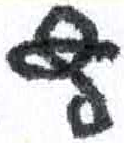
אות: ץ